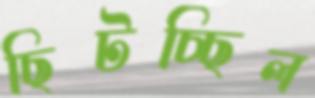
ছিটচ্ছিল